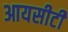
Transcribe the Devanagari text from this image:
आयसीटी